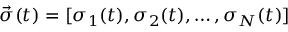
\vec { \sigma } ( t ) = [ \sigma _ { 1 } ( t ) , \sigma _ { 2 } ( t ) , \ldots , \sigma _ { N } ( t ) ]